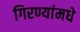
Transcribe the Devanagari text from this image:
गिरण्यांमधे